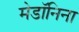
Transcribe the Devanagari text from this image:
मेडॉनिना